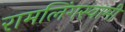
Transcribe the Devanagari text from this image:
रामलिंगस्वामी